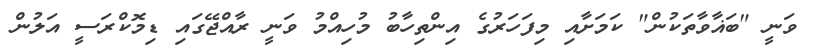
ވަނީ "ބަޣާވާތަކުން" ކަމަށާއި މިފަހަރުގެ އިންތިހާބު މުހިއްމު ވަނީ ރާއްޖޭގައި ޑިމޮކްރަސީ އަލުން